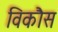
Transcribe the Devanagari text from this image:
विकाैस